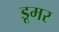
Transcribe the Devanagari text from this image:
डूमर